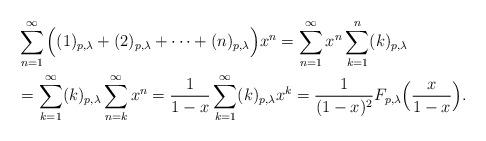
LaTeX: \begin{align*}&\sum_{n=1}^{\infty}\Big((1)_{p,\lambda}+(2)_{p,\lambda}+\cdots+(n)_{p,\lambda}\Big)x^{n}=\sum_{n=1}^{\infty}x^{n}\sum_{k=1}^{n}(k)_{p,\lambda} \\&=\sum_{k=1}^{\infty}(k)_{p,\lambda}\sum_{n=k}^{\infty}x^{n}=\frac{1}{1-x}\sum_{k=1}^{\infty}(k)_{p,\lambda}x^{k}=\frac{1}{(1-x)^{2}}F_{p,\lambda}\Big(\frac{x}{1-x}\Big).\end{align*}